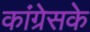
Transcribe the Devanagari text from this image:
कांग्रेसके